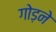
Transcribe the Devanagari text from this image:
गोड़ने